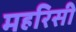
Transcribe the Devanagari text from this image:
महरिसी